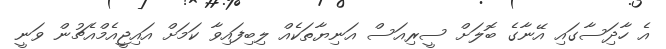
އެ ހާދިަސާގައި އޭނާގެ ބޮލަށް ސީރިއަސް އަނިޔާތަކެއް ލިބިފައިވާ ކަމަށް އައިޖީއެމްއެޗުން ވަނީ